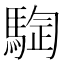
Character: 𱄣